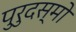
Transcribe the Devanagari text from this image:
पुरुदस्मो